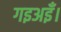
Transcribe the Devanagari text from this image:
गइअइँ।